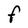
Character: F